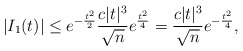
\begin{align*}|I_1(t)| \leq e^{- \frac{t^2}{2}} \frac{c|t|^3}{\sqrt{n}} e^{\frac{t^2}{4}} = \frac{c|t|^3}{\sqrt{n}} e^{-\frac{t^2}{4}}, \end{align*}